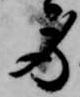
労